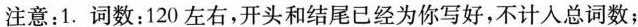
注意:1.词数:120 左右,开头和结尾已经为你写好,不计人总词数;